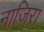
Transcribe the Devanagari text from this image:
नाजिरा